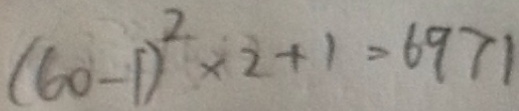
( 6 0 - 1 ) ^ { 2 } \times 2 + 1 = 6 9 7 1